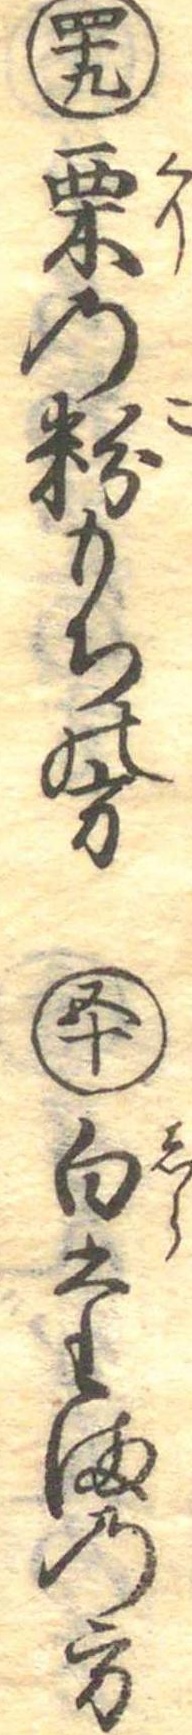
四十九栗の粉もちの方五十白たまの方